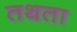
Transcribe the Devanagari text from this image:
तथता